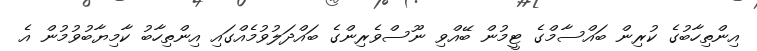
އިންތިހާބުގެ ކުރިން ބައްސާމްގެ ޓީމުން ބޭއްވި ނޫސްވެރިންގެ ބައްދަލުވުމެއްގައި އިންތިހާބު ކާމިޔާބުވުމުން އެ